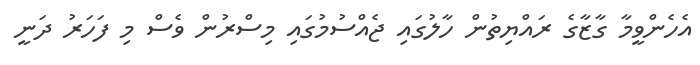
އެހެންވީމާ ގާޒާގެ ރައްޔިތުން ހާލުގައި ޖެއްސުމުގައި މިސްރުން ވެސް މި ފަހަރު ދަނީ